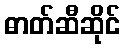
ဓာတ်ဆီဆိုင်